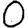
Digit: 0